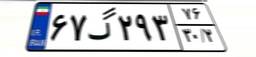
۷۲گ۲۱۵۴۱